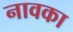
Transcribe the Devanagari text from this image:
नावका